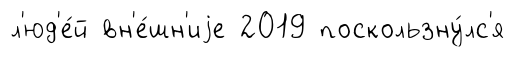
л'юд'е́й вн'е́шн'иjе 2019 поскользну́лс'я